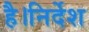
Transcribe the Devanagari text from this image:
है।निर्देश